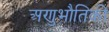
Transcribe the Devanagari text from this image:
अणुभौतिकी